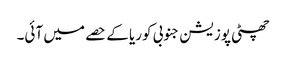
چھٹی پوزیشن جنوبی کوریا کے حصے میں آئی۔